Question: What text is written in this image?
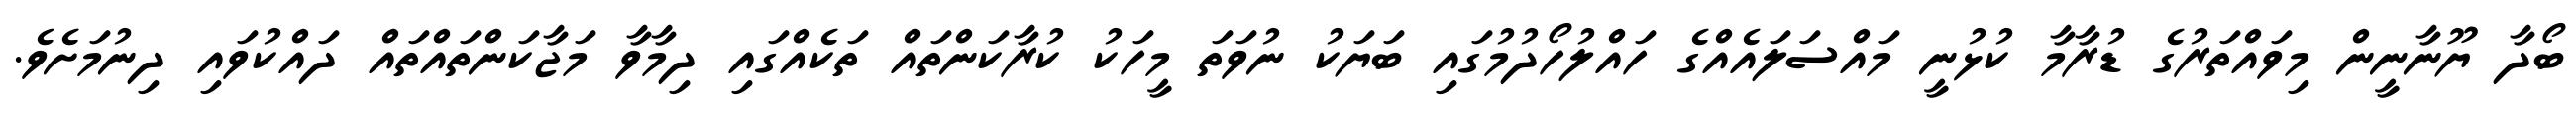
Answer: ބޯދާ ޔޫނާނީން މިވައްތަރުގެ ޑުރާމާ ކުޅުނީ މައްސަލައެއްގެ ހައްލުހޯދުމުގައި ބަޔަކު ނުވަތަ މީހަކު ކުރާކަންތައް ތަކެއްގައި ދިމާވާ މަޖާކަންތައްތައް ދައްކުވައި ދިނުމަށެވެ.